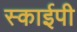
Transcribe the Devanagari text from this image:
स्काईपी